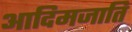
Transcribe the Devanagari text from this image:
आदिमजाति